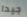
جيدا